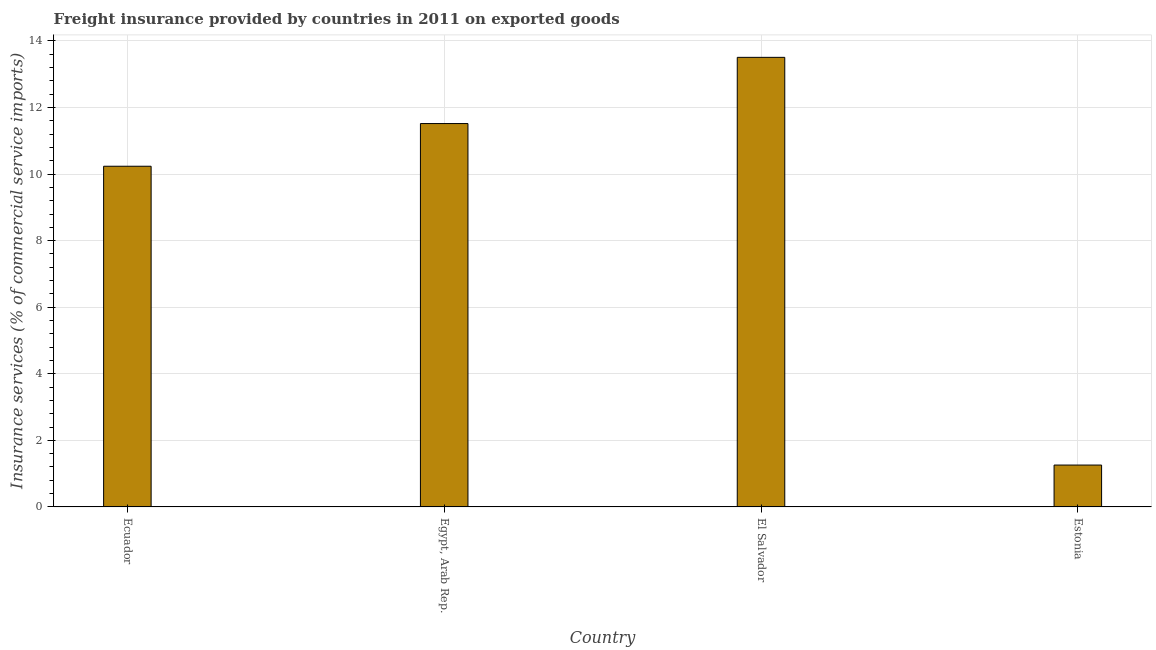
| Country | Insurance and financial services |
 | --- | --- |
 | Ecuador | 10.2 |
 | Egypt, Arab Rep. | 11.5 |
 | El Salvador | 13.5 |
 | Estonia | 1.26 |